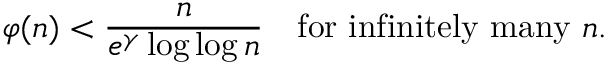
\varphi ( n ) < { \frac { n } { e ^ { \gamma } \log \log n } } \quad { \mathrm { f o r ~ i n f i n i t e l y ~ m a n y ~ } } n .